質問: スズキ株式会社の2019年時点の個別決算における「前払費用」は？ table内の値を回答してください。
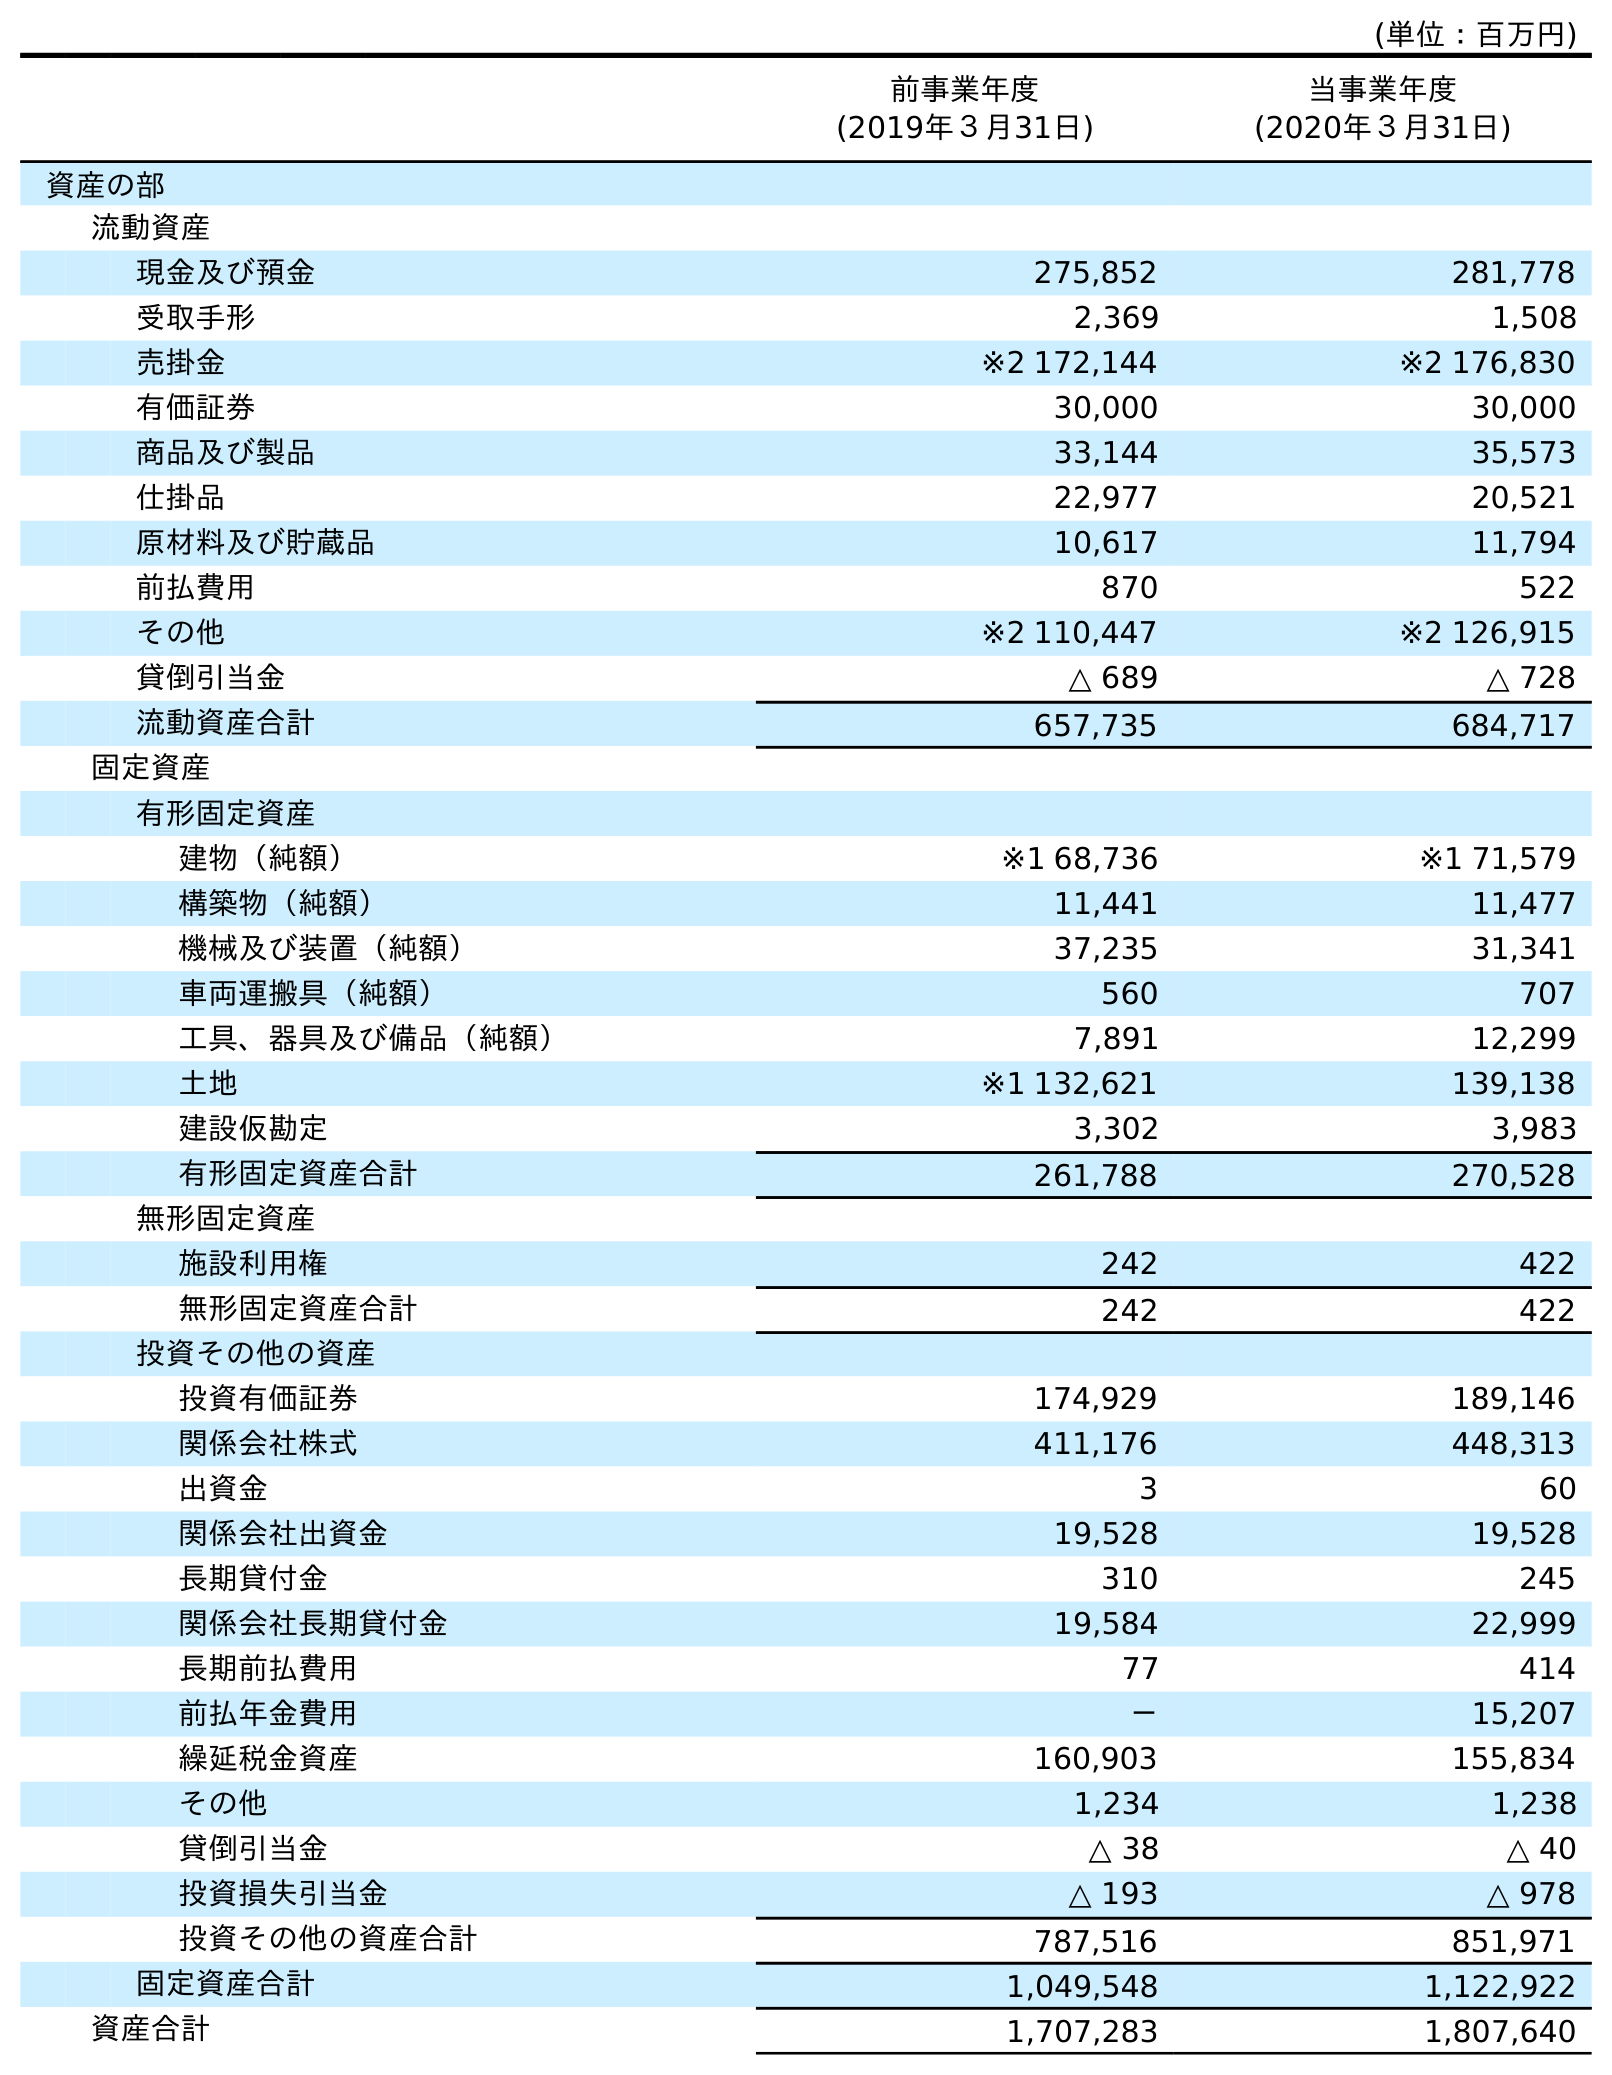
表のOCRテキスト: (単位：百万円) 前事業年度 (2019年３月31日) 当事業年度 (2020年３月31日) 資産の部 流動資産 現金及び預金 275,852 281,778 受取手形 2,369 1,508 売掛金 ※2 172,144 ※2 176,830 有価証券 30,000 30,000 商品及び製品 33,144 35,573 仕掛品 22,977 20,521 原材料及び貯蔵品 10,617 11,794 前払費用 870 522 その他 ※2 110,447 ※2 126,915 貸倒引当金 △ 689 △ 728 流動資産合計 657,735 684,717 固定資産 有形固定資産 建物（純額） ※1 68,736 ※1 71,579 構築物（純額） 11,441 11,477 機械及び装置（純額） 37,235 31,341 車両運搬具（純額） 560 707 工具、器具及び備品（純額） 7,891 12,299 土地 ※1 132,621 139,138 建設仮勘定 3,302 3,983 有形固定資産合計 261,788 270,528 無形固定資産 施設利用権 242 422 無形固定資産合計 242 422 投資その他の資産 投資有価証券 174,929 189,146 関係会社株式 411,176 448,313 出資金 3 60 関係会社出資金 19,528 19,528 長期貸付金 310 245 関係会社長期貸付金 19,584 22,999 長期前払費用 77 414 前払年金費用 － 15,207 繰延税金資産 160,903 155,834 その他 1,234 1,238 貸倒引当金 △ 38 △ 40 投資損失引当金 △ 193 △ 978 投資その他の資産合計 787,516 851,971 固定資産合計 1,049,548 1,122,922 資産合計 1,707,283 1,807,640
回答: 870